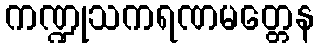
ကဏ္ဍုသကရဏမတ္တေန